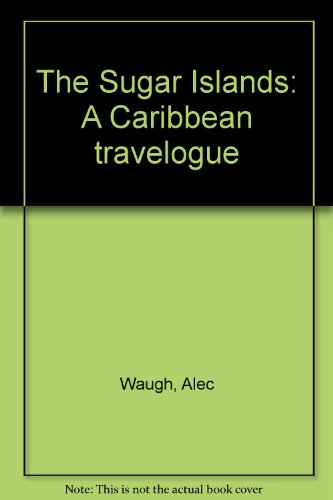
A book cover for The Sugar Islands: A Caribbean travelogue; Alec Waugh; Travel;